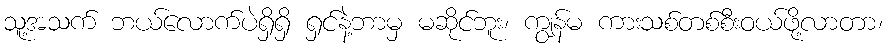
သူ့အသက် ဘယ်လောက်ပဲရှိရှိ ရှင်နဲ့ဘာမှ မဆိုင်ဘူး၊ ကျွန်မ ကားသစ်တစ်စီးဝယ်ဖို့လာတာ၊